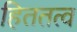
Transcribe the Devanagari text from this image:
हिततत्व